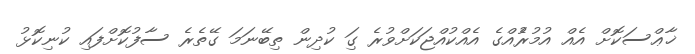
ޚާޢްސަކޮށް އެއް އުމުރުެއްގެ އެއްކުއްޖަކަށްވުރެ ގިަ ކުދިން ތިބޭނަމަ ގޭތެރެ ސާފުކޮށްފައި ކުނިކޮޅު